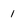
Character: 1